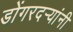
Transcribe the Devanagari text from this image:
डोंगरदर्‍यांनी